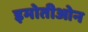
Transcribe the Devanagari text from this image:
इमोतीओन